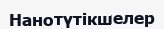
Нанотүтікшелер